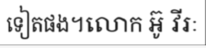
ទៀតផង។លោក អ៊ូ វីរៈ